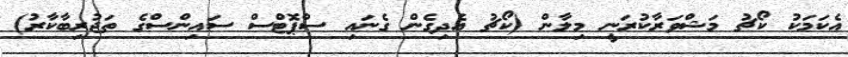
އެކަމަކު ކޯޗު މަޝްވަރާކުރަނީ މިލާން (ކޯޗު އެދިގެން ގެނައި ސްޕޮޓްސް ސައިންސްގެ ތަޖުރިބާކާރު)